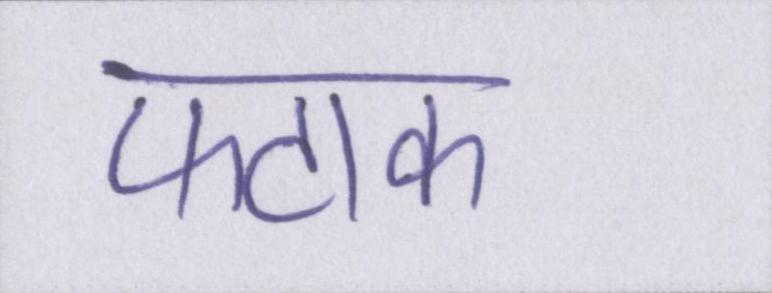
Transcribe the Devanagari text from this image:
फटाक